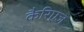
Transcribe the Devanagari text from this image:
कैरिएज